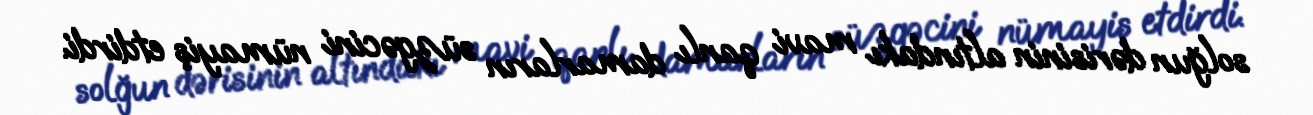
solğun dərisinin altındakı mavi qanlı damarların süzgəcini nümayiş etdirdi.